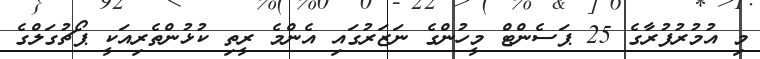
މި އުމުރުފުރާގެ 25 ޕަސެންޓް މީހުންގެ ނަޒަރުގައި އެންމެ ރީތި ކުޅުންތެރިއަކީ ޕޯޗުގަލްގެ